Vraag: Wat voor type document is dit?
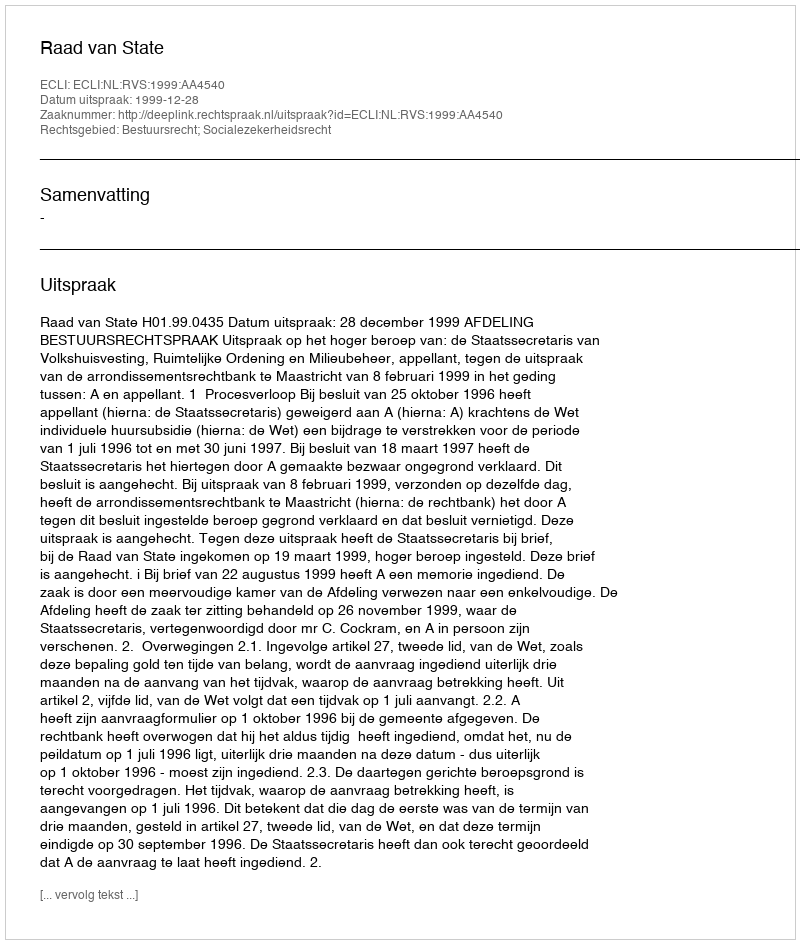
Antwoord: Uitspraak